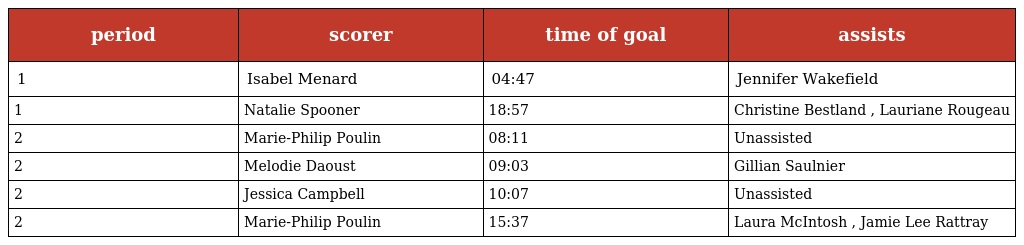
| period | scorer | time of goal | assists |
 | --- | --- | --- | --- |
 | 1 | Isabel Menard | 04:47 | Jennifer Wakefield |
 | 1 | Natalie Spooner | 18:57 | Christine Bestland , Lauriane Rougeau |
 | 2 | Marie-Philip Poulin | 08:11 | Unassisted |
 | 2 | Melodie Daoust | 09:03 | Gillian Saulnier |
 | 2 | Jessica Campbell | 10:07 | Unassisted |
 | 2 | Marie-Philip Poulin | 15:37 | Laura McIntosh , Jamie Lee Rattray |